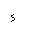
Letter: _hamza